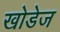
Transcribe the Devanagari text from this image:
खोडेज